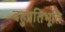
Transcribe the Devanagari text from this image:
बहुप्रतिभूति